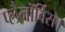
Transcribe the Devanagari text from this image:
प्लैनॉर्विस।